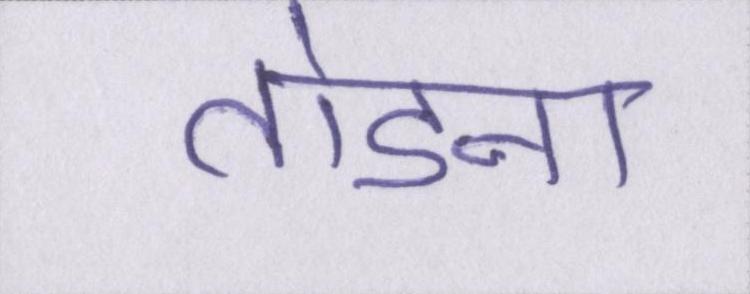
तोडना